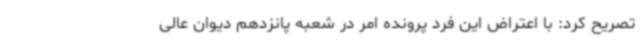
تصریح کرد: با اعتراض این فرد پرونده امر در شعبه پانزدهم دیوان عالی